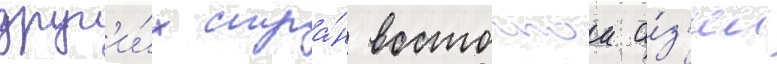
друг'и́х стра́н восточнои а́з'ии